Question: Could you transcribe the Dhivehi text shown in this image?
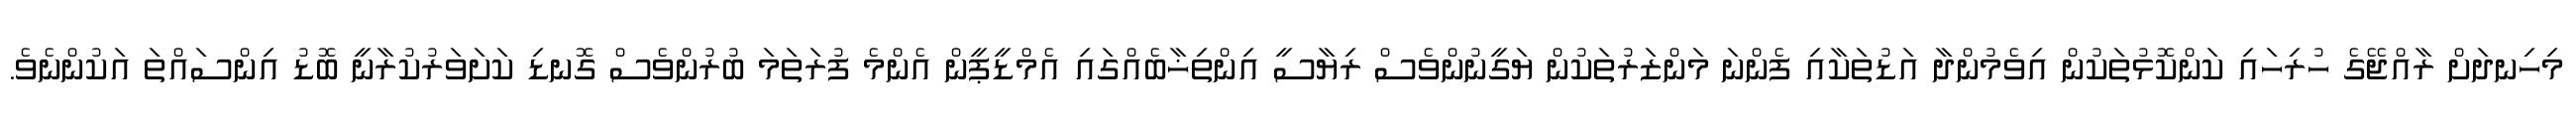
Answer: މިހިނދަށް ރާއްޖޭގެ ހުރިހައި ކަންކޮޅުތަކުން އިވެމުންދާ އަޑުތަކާއި ފެންނަ މަންޒަރުތަކުން ޔަގީނުންވެސް ރިޔާސީ އިންތިޚާބެއްގައި އެމްޑީޕީން އެންމެ ފުރަތަމަ ބުރުންވެސް ގޮނޑި ކަށަވަރުކުރާނީ ބޮޑު އިންސައްތަ އަކުންނެވެ.